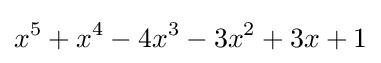
x^{5}+x^{4}-4x^{3}-3x^{2}+3x+1